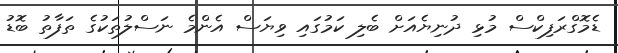
ޑެމޮގްރަފިކްސް މުޅި ދުނިޔެއަށް ބެލި ކަމުގައި ވިޔަސް އެންމެ ނަސްލުތަކުގެ ތަފާތު ބޮޑު